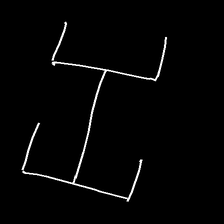
Glyph: entwine